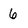
Character: 6